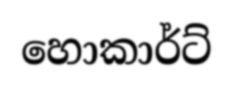
හොකාර්ට්